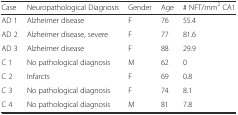
| Case | Neuropathological Diagnosis | Gender | Age | # NFT/mm2 CA1 |
 | --- | --- | --- | --- | --- |
 | AD 1 | Alzheimer disease | F | 76 | 55.4 |
 | AD 2 | Alzheimer disease, severe | F | 77 | 81.6 |
 | AD 3 | Alzheimer disease | F | 88 | 29.9 |
 | C 1 | No pathological diagnosis | M | 62 | 0 |
 | C 2 | Infarcts | F | 69 | 0.8 |
 | C 3 | No pathological diagnosis | F | 74 | 8.1 |
 | C 4 | No pathological diagnosis | M | 81 | 7.8 |